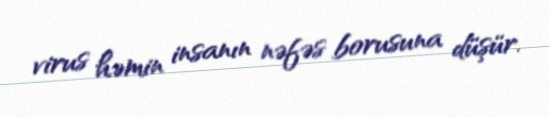
virus həmin insanın nəfəs borusuna düşür.